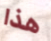
هذا